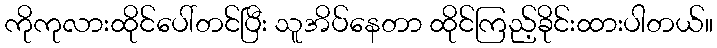
ကိုကုလားထိုင်ပေါ်တင်ပြီး သူအိပ်နေတာ ထိုင်ကြည့်ခိုင်းထားပါတယ်။